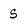
Character: s